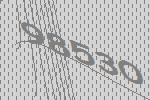
98530